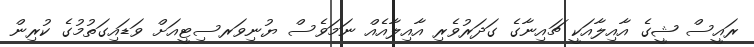
ރައީސް ޝީގެ އާއިލާއަކީ ޗައިނާގެ ގަދަރުވެރި އާއިލާއެއް ނަމަވެސް ޔުނިވަރސިޓީއަށް ވަޑައިގަތުމުގެ ކުރިން